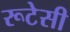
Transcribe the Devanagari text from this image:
रूटेसी